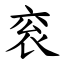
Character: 衮